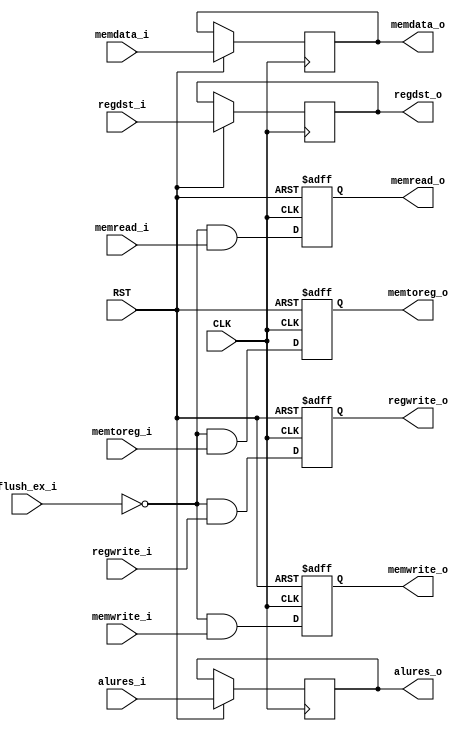
`timescale 1ns / 1ps
//////////////////////////////////////////////////////////////////////////////////
// Company: 
// Engineer: 
// 
// Design Name: 
// Module Name:    ex_mem 
// Project Name: 
// Target Devices: 
// Tool versions: 
// Description: 
//
// Dependencies: 
//
// Revision: 
// Revision 0.01 - File Created
// Additional Comments: 
//
//////////////////////////////////////////////////////////////////////////////////
module ex_mem(
	input CLK,
	input RST,
    input flush_ex_i,
    input regwrite_i,
    input memtoreg_i,
    input memread_i,
    input memwrite_i,
    input [15:0] memdata_i,
    input [3:0] regdst_i,
    input [15:0] alures_i,
    output regwrite_o,
    output memtoreg_o,
    output memread_o,
    output memwrite_o,
    output [15:0] memdata_o,
    output [3:0] regdst_o,
    output [15:0] alures_o
    );

    reg regwrite = 1'b0;
    reg memtoreg = 1'b0;
	reg memread = 1'b0;
	reg memwrite = 1'b0;
	reg [15:0] memdata = 16'h0000;
    reg [3:0] regdst = 4'b1111;
    reg [15:0] alures = 16'h0000;
	
	assign regwrite_o = regwrite;
	assign memtoreg_o = memtoreg;
	assign memread_o = memread;
	assign memwrite_o = memwrite;
	assign memdata_o = memdata;
	assign regdst_o = regdst;
	assign alures_o = alures;
	
	always@(posedge CLK or negedge RST) begin
		if (!RST) begin
			regwrite <= 1'b0;
			memtoreg <= 1'b0;
			memread <= 1'b0;
			memwrite <= 1'b0;
		end else begin
			memtoreg <= ((!flush_ex_i) & memtoreg_i);
			memread <= ((!flush_ex_i) & memread_i);
			memwrite <= ((!flush_ex_i) & memwrite_i);
			regwrite <= ((!flush_ex_i) & regwrite_i);
			memdata <= memdata_i;
			alures <= alures_i;
			regdst <= regdst_i;
		end
	end

endmodule